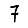
Digit: 7